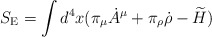
\begin{align*}S_{\rm E}=\int d^4x (\pi_\mu\dot{A}^\mu+\pi_\rho\dot{\rho}-\widetilde{H})\end{align*}